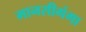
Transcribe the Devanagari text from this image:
मानसीगंगा